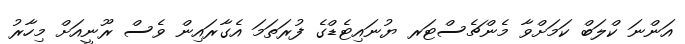
އަންނަ ކްލަބް ކަމަށްވާ މެންޗެސްޓަރ ޔުނައިޓެޑްގެ ފުރަތަމަ އެގާރައިން ވެސް ރޫނީއަށް މިހާރު